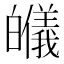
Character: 𱱾